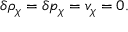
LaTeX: \delta \rho _ { \chi } = \delta p _ { \chi } = v _ { \chi } = 0 .